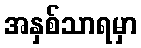
အနှစ်သာရမှာ